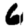
Digit: 6